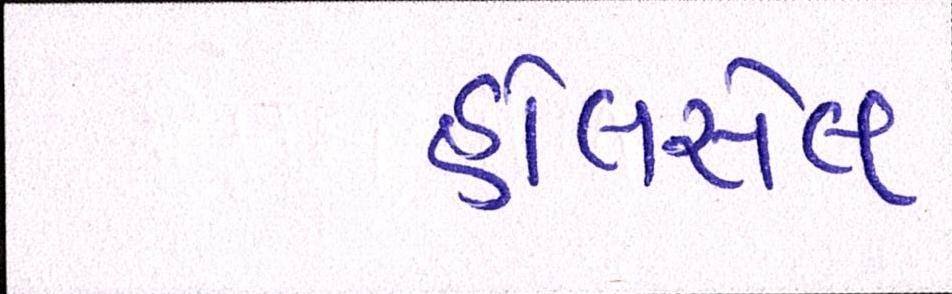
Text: હોલસેલ